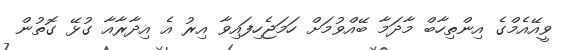
ވީއޭއެމްގެ އިންތިހާބް މާދަމާ ބޭއްވުމަށް ހަމަޖެހިފައިވާ އިރު އެ އިދާރާއާ ގުޅޭ ގޮތުން